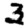
Digit: 3